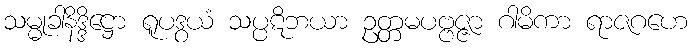
သမ္မုခါနိဒ္ဒိဋ္ဌော ရူပဒွယံ သပ္ပဋိဘယာ ဥတ္တမပဗ္ဗဇ္ဇာ ဂါမိကာ ရာဇဂဟေ